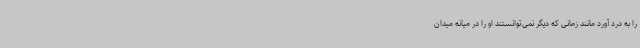
را به درد آورد مانند زمانی که دیگر نمی‌توانستند او را در میانه میدان